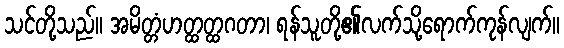
သင်တို့သည်။ အမိတ္တံဟတ္ထတ္ထဂတာ၊ ရန်သူတို့၏လက်သို့ရောက်ကုန်လျက်။